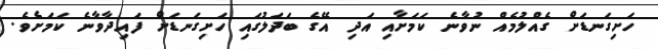
ހަށިގަނޑަށް ގެއްލުމެއް ނުވާނެ ކަމަށާއި އަދި އޭގެ ބަދަލުގައި ހަށިގަނޑަށް ފައިދާވާނެ ކަމަށެވެ.